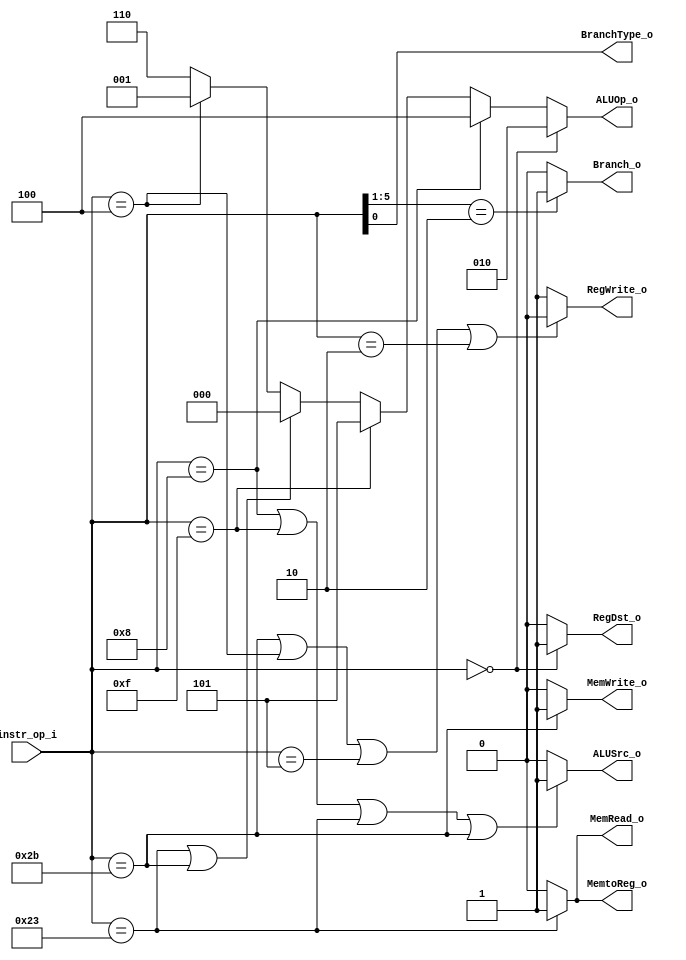
module Decoder( instr_op_i, RegWrite_o,	ALUOp_o, ALUSrc_o, RegDst_o,
				Branch_o, BranchType_o, MemRead_o, MemWrite_o, MemtoReg_o );
     
//I/O ports
input	[6-1:0] instr_op_i;

output			RegWrite_o;
output	[3-1:0] ALUOp_o;
output			ALUSrc_o;
output			RegDst_o;
output			Branch_o, BranchType_o, MemRead_o, MemWrite_o, MemtoReg_o;
 
//Internal Signals
wire	[3-1:0] ALUOp_o;
wire			ALUSrc_o;
wire			RegWrite_o;
wire			RegDst_o;
wire			Branch_o, BranchType_o, MemRead_o, MemWrite_o, MemtoReg_o;

//Main function

assign RegDst_o = (instr_op_i == 6'b000000) ? 1'b1 : 1'b0;

assign RegWrite_o = (	instr_op_i == 6'b101011 ||
						instr_op_i == 6'b000100 ||
						instr_op_i == 6'b000101 ||
						instr_op_i == 6'b000010		) ? 1'b0 : 1'b1;
				  		  
assign ALUOp_o =	(instr_op_i == 6'b000000) ? 3'b010 :
					(instr_op_i == 6'b001000) ? 3'b100 :
					(instr_op_i == 6'b001111) ? 3'b101 :
					(instr_op_i == 6'b100011 || instr_op_i == 6'b101011) ? 3'b000 :
					(instr_op_i == 6'b000100) ? 3'b001 : 3'b110;

assign ALUSrc_o = (		instr_op_i == 6'b001000 ||
						instr_op_i == 6'b001111 ||
						instr_op_i == 6'b100011 ||
						instr_op_i == 6'b101011		) ? 1'b1 : 1'b0;

assign Branch_o = (instr_op_i[5:1] == 5'b00010) ? 1'b1 : 1'b0;
assign BranchType_o = instr_op_i[0];
assign MemWrite_o = (instr_op_i == 6'b101011) ? 1'b1 : 1'b0;
assign MemRead_o = (instr_op_i == 6'b100011) ? 1'b1 : 1'b0;
assign MemtoReg_o = (instr_op_i == 6'b100011) ? 1'b1 : 1'b0;

endmodule